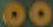
00